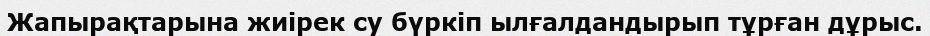
Жапырақтарына жиірек су бүркіп ылғалдандырып тұрған дұрыс.